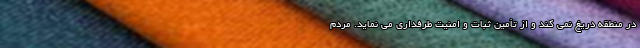
در منطقه دریغ نمی کند و از تأمین ثبات و امنیت طرفداری می نماید. مردم